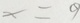
x = 9